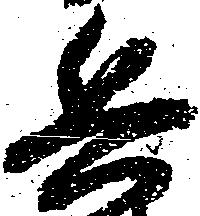
兵